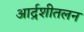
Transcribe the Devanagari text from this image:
आर्द्रशीतलन